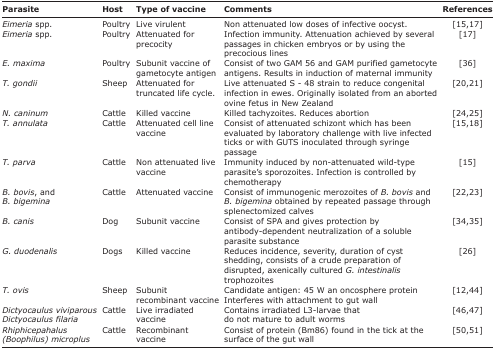
| Parasite | Host | Type of vaccine | Comments | References |
 | --- | --- | --- | --- | --- |
 | Eimeria spp. | Poultry | Live virulent | Non attenuated low doses of infective oocyst. | [15,17] |
 | Eimeria spp. | Poultry | Attenuated for precocity | Infection immunity. Attenuation achieved by several passages in chicken embryos or by using the precocious lines | [17] |
 | E. maxima | Poultry | Subunit vaccine of gametocyte antigen | Consist of two GAM 56 and GAM purified gametocyte antigens. Results in induction of maternal immunity | [36] |
 | T. gondii | Sheep | Attenuated for truncated life cycle. | Live attenuated S - 48 strain to reduce congenital infection in ewes. Originally isolated from an aborted ovine fetus in New Zealand | [20,21] |
 | N. caninum | Cattle | Killed vaccine | Killed tachyzoites. Reduces abortion | [24,25] |
 | T. annulata | Cattle | Attenuated cell line vaccine | Consist of attenuated schizont which has been evaluated by laboratory challenge with live infected ticks or with GUTS inoculated through syringe passage | [15,18] |
 | T. parva | Cattle | Non attenuated live vaccine | Immunity induced by non-attenuated wild-type parasite’s sporozoites. Infection is controlled by chemotherapy | [15] |
 | B. bovis, and B. bigemina | Cattle | Attenuated vaccine | Consist of immunogenic merozoites of B. bovis and B. bigemina obtained by repeated passage through splenectomized calves | [22,23] |
 | B. canis | Dog | Subunit vaccine | Consist of SPA and gives protection by antibody-dependent neutralization of a soluble parasite substance | [34,35] |
 | G. duodenalis | Dogs | Killed vaccine | Reduces incidence, severity, duration of cyst shedding, consists of a crude preparation of disrupted, axenically cultured G. intestinalis trophozoites | [26] |
 | T. ovis | Sheep | Subunit recombinant vaccine | Candidate antigen: 45 W an oncosphere protein Interferes with attachment to gut wall | [12,44] |
 | Dictyocaulus viviparousDictyocaulus filaria | Cattle | Live irradiated vaccine | Contains irradiated L3-larvae that do not mature to adult worms | [46,47] |
 | Rhiphicepahalus (Boophilus) microplus | Cattle | Recombinant vaccine | Consist of protein (Bm86) found in the tick at the surface of the gut wall | [50,51] |